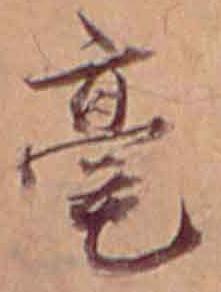
毫